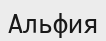
Альфия